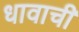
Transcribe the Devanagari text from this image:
धावाची